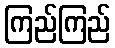
ကြည်ကြည်